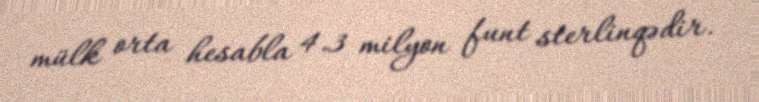
mülk orta hesabla 4.3 milyon funt sterlinqədir.